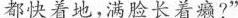
都快着地，满脸长着癞?”